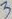
Text: 3